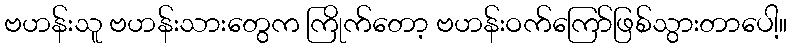
ဗဟန်းသူ ဗဟန်းသားတွေက ကြိုက်တော့ ဗဟန်းဝက်ကြော်ဖြစ်သွားတာပေါ့။